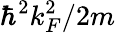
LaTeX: \hbar^{2}k_{F}^{2}/2m